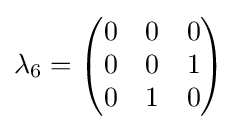
\lambda _{6}={\begin{pmatrix}0&0&0\\0&0&1\\0&1&0\end{pmatrix}}